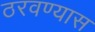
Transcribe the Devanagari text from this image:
ठरवण्यास